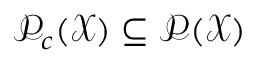
\mathcal P _ { c } ( \mathcal X ) \subseteq \mathcal P ( \mathcal X )